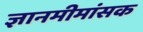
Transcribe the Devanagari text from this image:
ज्ञानमीमांसक